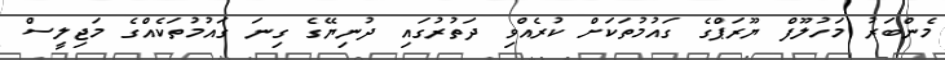
މެންބަރު މަހުލޫފް ޔޫރަޕްގެ ގައުމުތަކަށް ކުރެއްވި ދަތުރުގައި ދުނިޔޭގެ ގިނަ ގައުމުތަކެއްގެ މަޖިލީސް